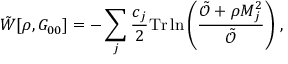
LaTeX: \tilde { W } [ \rho , G _ { 0 0 } ] = - \sum _ { j } \frac { c _ { j } } { 2 } \mathrm { T r } \ln \left( \frac { \tilde { \mathcal { O } } + \rho M _ { j } ^ { 2 } } { \tilde { \mathcal { O } } } \right) \, ,